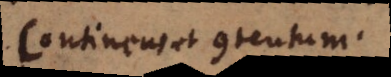
Continens et contentum.